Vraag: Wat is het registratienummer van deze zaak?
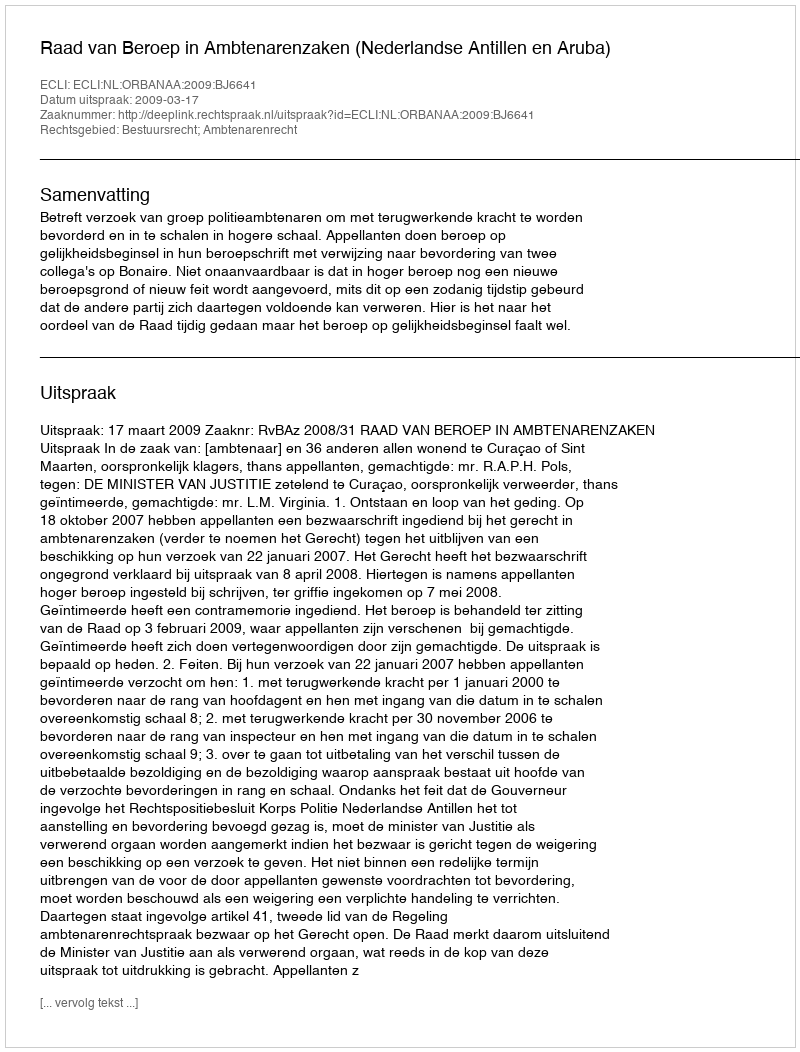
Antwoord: http://deeplink.rechtspraak.nl/uitspraak?id=ECLI:NL:ORBANAA:2009:BJ6641